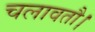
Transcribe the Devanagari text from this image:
चलावतौ।